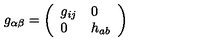
g _ { \alpha \beta } = \left( \begin{array} { l l } { g _ { i j } } & { 0 } \\ { 0 } & { h _ { a b } } \\ \end{array} \right)